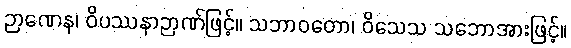
ဉာဏေန၊ ဝိပဿနာဉာဏ်ဖြင့်။ သဘာဝတော၊ ဝိသေသ သဘောအားဖြင့်။